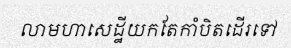
លាមហាសេដ្ឋីយកតែកាំបិតដើរទៅ